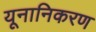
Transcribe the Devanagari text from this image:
यूनानिकरण